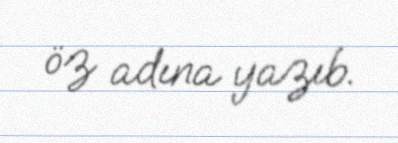
öz adına yazıb.